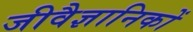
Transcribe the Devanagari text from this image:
जीवैज्ञानिकों